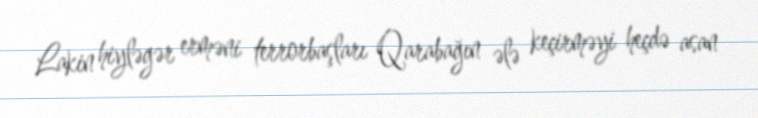
Lakin hiyləgər erməni terrorbaşları Qarabağın ələ keçirməyi heçdə asan